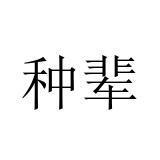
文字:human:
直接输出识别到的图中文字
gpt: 种辈